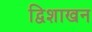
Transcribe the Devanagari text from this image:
द्विशाखन